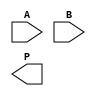
module Fault_Tolerant_Wallace_Tree_Multiplier #(parameter WIDTH = 8) (
    input [WIDTH-1:0] A,
    input [WIDTH-1:0] B,
    output reg [2*WIDTH-1:0] P
);

    // Partial product generation
    wire [WIDTH-1:0] pp[WIDTH-1:0]; // Partial products
    genvar i, j;
    generate
        for (i = 0; i < WIDTH; i = i + 1) begin: pp_gen
            for (j = 0; j < WIDTH; j = j + 1) begin: pp_bit
                assign pp[i][j] = A[i] & B[j];
            end
        end
    endgenerate

    // Wallace Tree Reduction
    wire [WIDTH-1:0] sum[WIDTH:0]; // Sums at each stage
    wire [WIDTH:0] carry[WIDTH:0]; // Carries at each stage

    // Initial stage: partial products
    assign sum[0] = pp[0];
    assign carry[0] = 0;

    // Wallace tree reduction with redundancy
    generate
        for (i = 0; i < WIDTH-1; i = i + 1) begin: wallace_tree
            // Full Adder and Half Adder for each level
            wire [WIDTH-1:0] sum_full, carry_full;
            wire [WIDTH-1:0] sum_half, carry_half;

            // Full Adder
            assign {carry_full, sum_full} = sum[i][WIDTH-1:0] + sum[i+1][WIDTH-1:0] + carry[i];

            // Half Adder
            assign {carry_half, sum_half} = sum[i][WIDTH] + carry[i];

            // Store results
            assign sum[i+1] = sum_full + sum_half;
            assign carry[i+1] = carry_full + carry_half;
        end
    endgenerate

    // Final addition stage
    wire [2*WIDTH-1:0] final_sum;
    wire [2*WIDTH-1:0] final_carry;

    assign {final_carry, final_sum} = {1'b0, sum[WIDTH-1]} + {1'b0, carry[WIDTH-1]};

    // Output correction logic (simple majority voting for fault tolerance)
    always @(*) begin
        // Simple output assignment for demonstration
        // In a real design, implement a more robust correction mechanism
        P = final_sum;
    end

endmodule